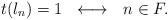
LaTeX: \begin{align*}t(l_n)=1\ \ \longleftrightarrow \ \ n\in F.\end{align*}